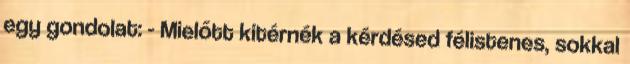
egy gondolat: - Mielőtt kitérnék a kérdésed félistenes, sokkal